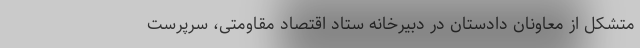
متشکل از معاونان دادستان در دبیرخانه ستاد اقتصاد مقاومتی، سرپرست